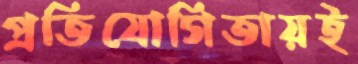
প্রতিযোগিতায়ই